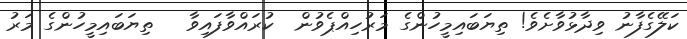
ކަލޭގެފާނު ވިދާޅުވާށެވެ! ތިޔަބައިމީހުންގެ މަރުހިއްޕެވުން  ކުރައްވާފައިވާ   ތިޔަބައިމީހުންގެ މަރު